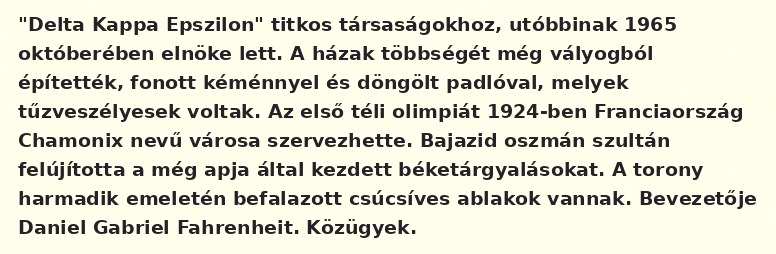
"Delta Kappa Epszilon" titkos társaságokhoz, utóbbinak 1965 októberében elnöke lett. A házak többségét még vályogból építették, fonott kéménnyel és döngölt padlóval, melyek tűzveszélyesek voltak. Az első téli olimpiát 1924-ben Franciaország Chamonix nevű városa szervezhette. Bajazid oszmán szultán felújította a még apja által kezdett béketárgyalásokat. A torony harmadik emeletén befalazott csúcsíves ablakok vannak. Bevezetője Daniel Gabriel Fahrenheit. Közügyek.